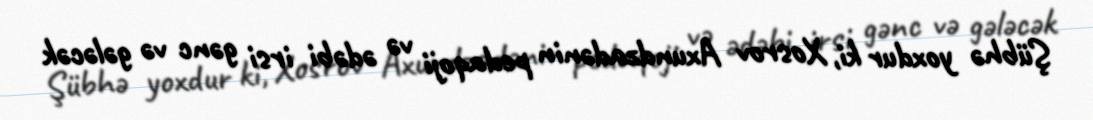
Şübhə yoxdur ki, Xosrov Axundzadənin pedaqoji və ədəbi irsi gənc və gələcək